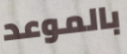
بالموعد